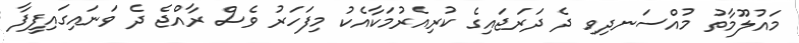
މައުލޫމާތު މުއްސަނދިވި ދެ ދަރަޖައިގެ ކުރިއެރުމަކާއެކު މިފަހަރު ވެސް ރާއްޖެ ދެ ވަނައިގައިފީފާ